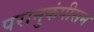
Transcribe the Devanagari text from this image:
परानुकंपीसम